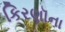
કિરણૉના